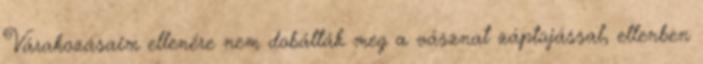
Várakozásaim ellenére nem dobálták meg a vásznat záptojással, ellenben